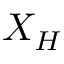
X _ { H }